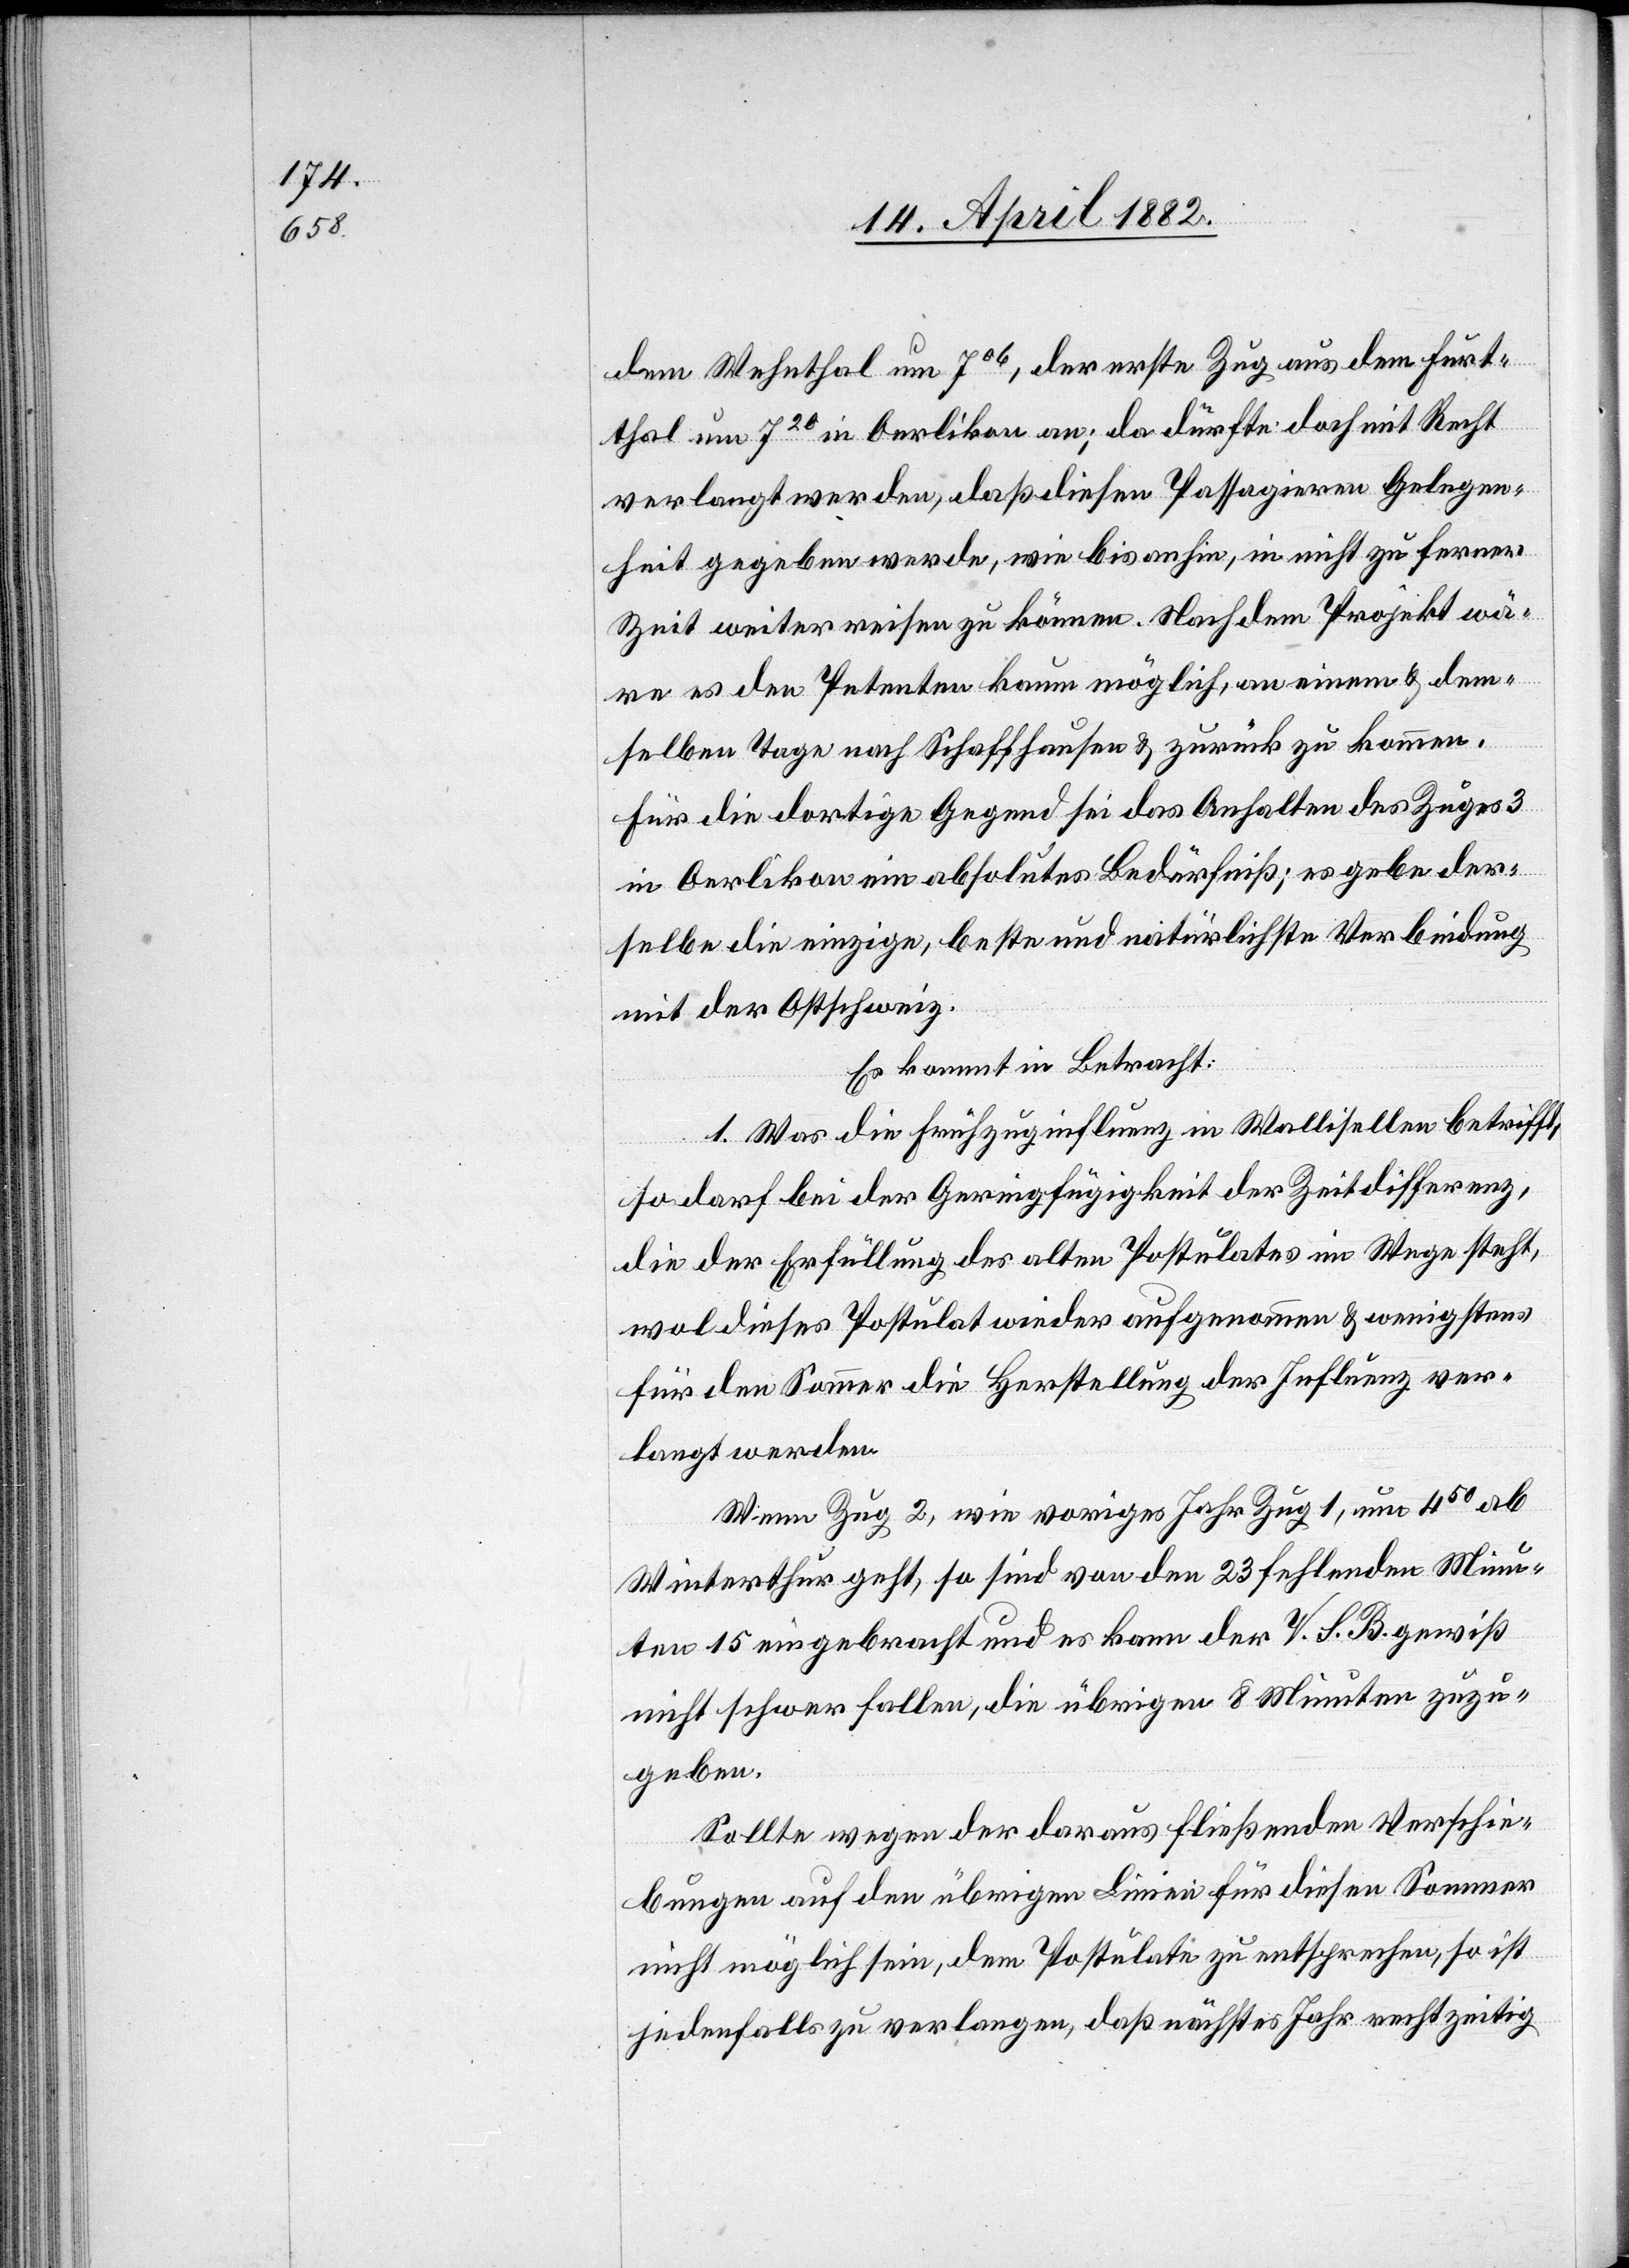
dem Wehnthal um 706, der erste Zug aus dem Furt¬
thal um 720 in Oerlikon an; da dürfte doch mit Recht
verlangt werden, daß diesen Passagieren Gelegen¬
heit gegeben werde, wie bis anhin, in nicht zu ferner
Zeit weiter reisen zu können. Nach dem Projekt wä¬
re es den Petenten kaum möglich, an einem & dem¬
selben Tage nach Schaffhausen & zurück zu kommen.
Für die dortige Gegend sei das Anhalten des Zuges 3
in Oerlikon ein absolutes Bedürfniß, es gebe der¬
selbe die einzige, beste und natürlichste Verbindung
mit der Ostschweiz.
Es kommt in Betracht:
1. Was die Frühzuginfluenz in Wallisellen betrifft,
so darf bei der Geringfügigkeit der Zeitdifferenz,
die der Erfüllung des alten Postulates im Wege steht,
wol dieses Postulat wieder aufgenommen & wenigstens
für den Sommer die Herstellung der Influenz ver¬
langt werden.
Wenn Zug 2, wie voriges Jahr Zug 1, um 450 ab
Winterthur geht, so sind von den 23 fehlenden Minu¬
ten 15 eingebracht und es kann der V. S. B. gewiß
nicht schwer fallen, die übrigen 8 Minuten zuzu¬
geben.
Sollte wegen der daraus fließenden Verschie¬
bungen auf den übrigen Linien für diesen Sommer
nicht möglich sein, dem Postulate zu entsprechen, so ist
jedenfalls zu verlangen, daß nächstes Jahr rechtzeitig